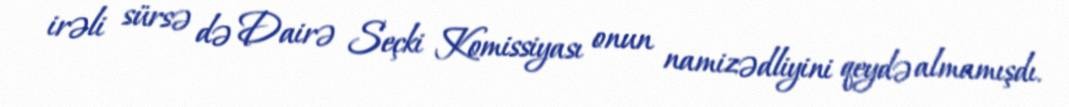
irəli sürsə də Dairə Seçki Komissiyası onun namizədliyini qeydə almamışdı.